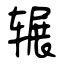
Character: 辗